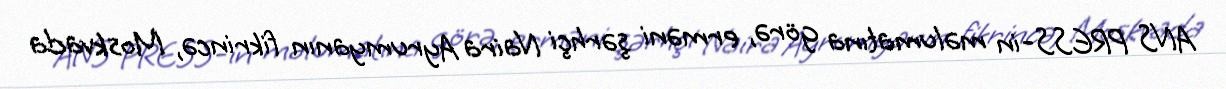
ANS PRESS-in məlumatına görə, erməni şərhçi Naira Ayrumyanın fikrincə, Moskvada